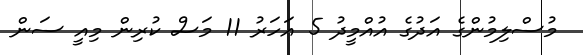
މުސްލިމުންގެ އަދުގެ އުއްމީދު 5 އަހަރު 11 މަސް ކުރިން މިއީ ސަން